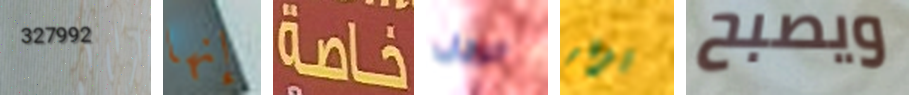
327992 إنها خاصة الرجل يزفر ويصبح